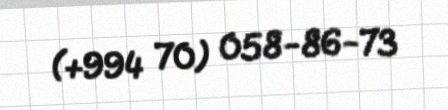
(+994 70) 058-86-73